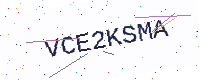
Text: VCE2KSMA